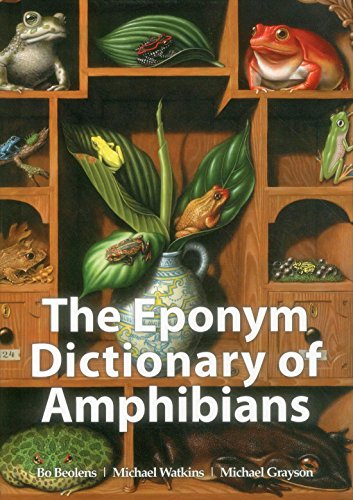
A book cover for The Eponym Dictionary of Amphibians; Bo Beolens; Science & Math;